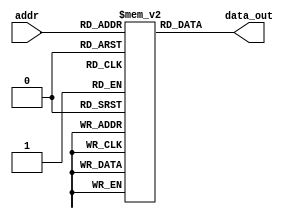
`timescale 1ns / 1ps
//////////////////////////////////////////////////////////////////////////////////
// Company: 
// Engineer: 
// 
// Design Name: 
// Module Name: InstMem
// Project Name: 
// Target Devices: 
// Tool Versions: 
// Description: 
// 
// Dependencies: 
// 
// Revision:
// Revision 0.01 - File Created
// Additional Comments:
// 
//////////////////////////////////////////////////////////////////////////////////


module InstMem (input [4:0] addr, output [31:0] data_out);
reg [31:0] mem [0:63];
assign data_out = mem[addr];

initial begin

mem[0]=32'b000000000000_00000_010_00001_0000011 ; //lw x1, 0(x0) 
mem[1]=32'b000000000100_00000_010_00010_0000011 ; //lw x2, 4(x0) 
mem[2]=32'b000000001000_00000_010_00011_0000011 ; //lw x3, 8(x0) 
mem[3]=32'b0000000_00010_00001_110_00100_0110011 ; //or x4, x1, x2 
mem[4]=32'b0_000000_00011_00100_000_0100_0_1100011; //beq x4, x3, 4 
mem[5]=32'b0000000_00010_00001_000_00011_0110011 ; //add x3, x1, x2 
mem[6]=32'b0000000_00010_00011_000_00101_0110011 ; //add x5, x3, x2 
mem[7]=32'b0000000_00101_00000_010_01100_0100011; //sw x5, 12(x0) 
mem[8]=32'b000000001100_00000_010_00110_0000011 ; //lw x6, 12(x0) 
mem[9]=32'b0000000_00001_00110_111_00111_0110011 ; //and x7, x6, x1 
mem[10]=32'b0100000_00010_00001_000_01000_0110011 ; //sub x8, x1, x2 
mem[11]=32'b0000000_00010_00001_000_00000_0110011 ; //add x0, x1, x2 
mem[12]=32'b0000000_00001_00000_000_01001_0110011 ; //add x9, x0, x1

end
endmodule